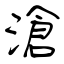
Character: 滄